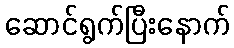
ဆောင်ရွက်ပြီးနောက်